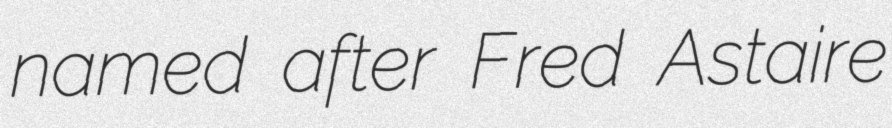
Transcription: named after Fred Astaire